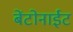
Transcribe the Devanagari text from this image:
बेंटोनाईट